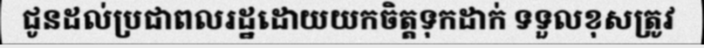
ជូនដល់ប្រជាពលរដ្ឋដោយយកចិត្តទុកដាក់ ទទួលខុសត្រូវ